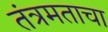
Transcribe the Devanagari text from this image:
तंत्रमताचा